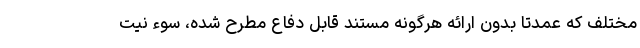
مختلف که عمدتا بدون ارائه هرگونه مستند قابل دفاع مطرح شده، سوء نیت